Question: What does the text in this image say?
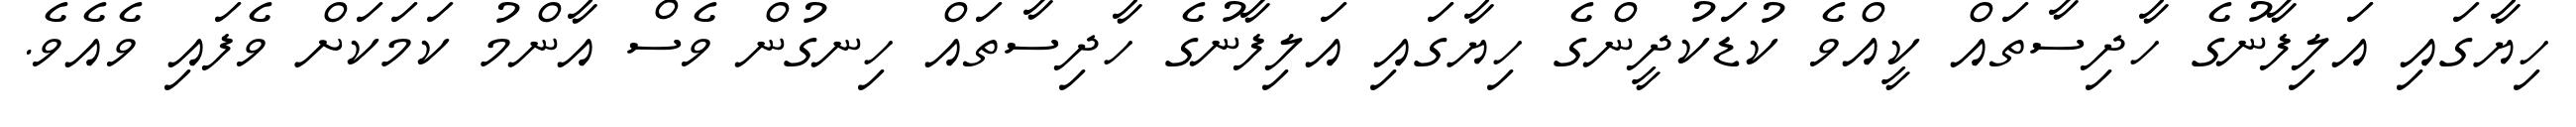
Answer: ހިޔާގައި އަލިފާނުގެ ހާދިސާތައް ކީއްވެ ކުޑަކުދީންގެ ހިޔާގައި އަލިފާނުގެ ހާދިސާތައް ހިނގުން ވެސް އާންމު ކަމަކަށް ވެފައި ވެއެވެ.